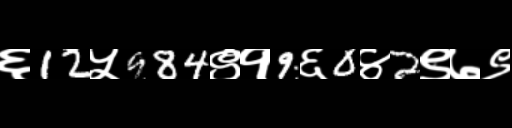
Text: ६12५984९१9६0४2९७९